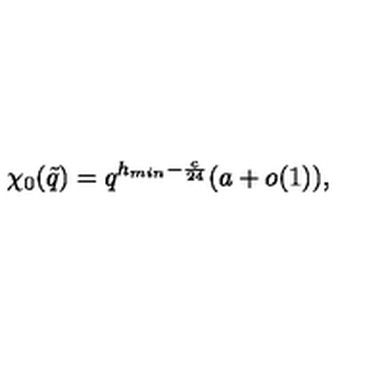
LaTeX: \chi _ { 0 } ( \tilde { q } ) = q ^ { h _ { m i n } - \frac { c } { 2 4 } } ( a + o ( 1 ) ) ,